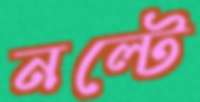
নল্টে